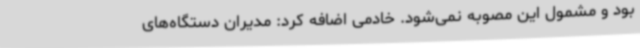
بود و مشمول این مصوبه نمی‌شود. خادمی اضافه کرد: مدیران دستگاه‌های